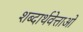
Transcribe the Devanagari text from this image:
शब्दार्थवेत्ताओं